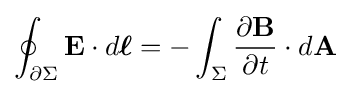
\oint _{\partial \Sigma }\mathbf {E} \cdot d{\boldsymbol {\ell }}=-\int _{\Sigma }{\frac {\partial \mathbf {B} }{\partial t}}\cdot d\mathbf {A}